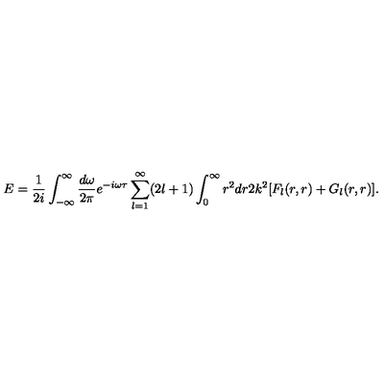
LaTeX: E = { \frac { 1 } { 2 i } } \int _ { - \infty } ^ { \infty } { \frac { d \omega } { 2 \pi } } e ^ { - i \omega \tau } \sum _ { l = 1 } ^ { \infty } ( 2 l + 1 ) \int _ { 0 } ^ { \infty } r ^ { 2 } d r 2 k ^ { 2 } [ F _ { l } ( r , r ) + G _ { l } ( r , r ) ] .